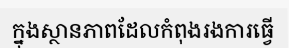
ក្នុងស្ថានភាពដែលកំពុងរងការធ្វើ